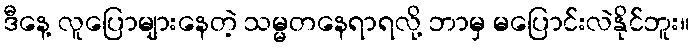
ဒီနေ့ လူပြောများနေတဲ့ သမ္မတနေရာရလို့ ဘာမှ မပြောင်းလဲနိုင်ဘူး။